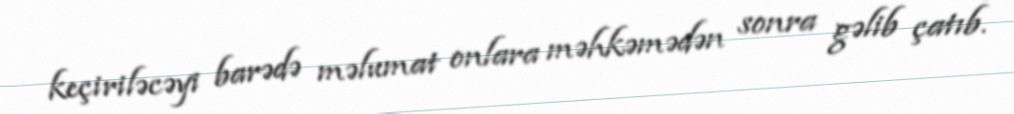
keçiriləcəyi barədə məlumat onlara məhkəmədən sonra gəlib çatıb.